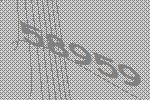
58959